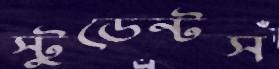
স্টুডেন্টস